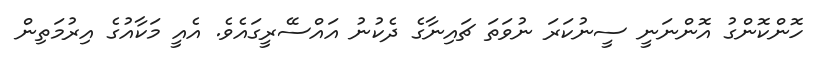
ހޮންކޮންގު އޮންނަނީ ސީނުކަރަ ނުވަތަ ޗައިނާގެ ދެކުނު އައްސޭރީގައެވެ. އެއީ މަކާއުގެ އިރުމަތިން